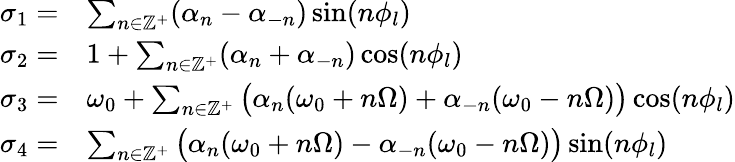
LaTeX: \begin{array}{rl}{\sigma_{1}=}&{\sum_{n\in\mathbb{Z}^{+}}(\alpha_{n}-\alpha_{-n})\sin(n\phi_{l})}\\ {\sigma_{2}=}&{1+\sum_{n\in\mathbb{Z}^{+}}(\alpha_{n}+\alpha_{-n})\cos(n\phi_{l})}\\ {\sigma_{3}=}&{\omega_{0}+\sum_{n\in\mathbb{Z}^{+}}\big(\alpha_{n}(\omega_{0}+n\Omega)+\alpha_{-n}(\omega_{0}-n\Omega)\big)\cos(n\phi_{l})}\\ {\sigma_{4}=}&{\sum_{n\in\mathbb{Z}^{+}}\big(\alpha_{n}(\omega_{0}+n\Omega)-\alpha_{-n}(\omega_{0}-n\Omega)\big)\sin(n\phi_{l})}\end{array}